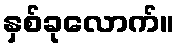
နှစ်ခုလောက်။